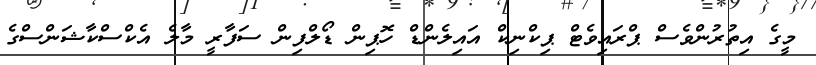
މީގެ އިތުރުންވެސް ޕްރައިވެޓް ޕިކްނިކް އައިލެންޑް ހޮޕިން ޑޯލްފިން ސަފާރީ މާލެ އެކްސްކާޝަންސްގެ